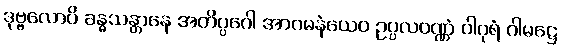
ဒုဗ္ဗလောပိ ခန္ဓသန္တာနေ အတိပ္ပဂေါ အာဂမနံယေဝ ဥပ္ပလဝဏ္ဏံ ဝါဂုရံ ဂါမဋ္ဌေ